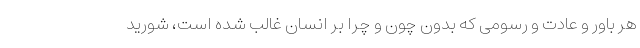
هر باور و عادت و رسومی که بدون چون و چرا بر انسان غالب شده است، شورید